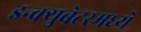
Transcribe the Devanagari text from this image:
इन्क्युबेटरमध्ये